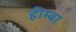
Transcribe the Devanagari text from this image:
हीम्बा